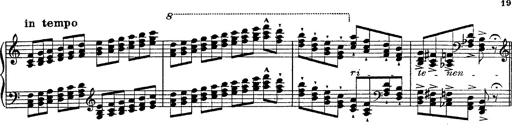
Title: Fantasie Ã¼ber Themen aus Mozarts Figaro und Don Giovanni
Composer: Franz Liszt